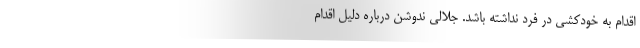
اقدام به خودکشی در فرد نداشته باشد. جلالی ندوشن درباره دلیل اقدام